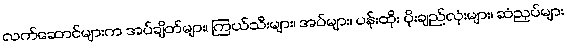
လက်ဆောင်များက အပ်ချိတ်များ၊ ကြယ်သီးများ၊ အပ်များ၊ ပန်းထိုး ပိုးချည်လုံးများ၊ ဆံညှပ်များ